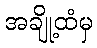
အချို့ထံမှ